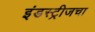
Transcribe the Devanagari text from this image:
इंडस्ट्रीजचा